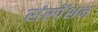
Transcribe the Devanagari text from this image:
संस्पेंशन